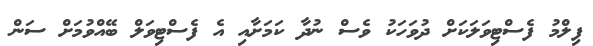
ފިލްމު ފެސްޓިވަލަކަށް ދުވަހަކު ވެސް ނުދާ ކަމަށާއި އެ ފެސްޓިވަލް ބޭއްވުމަށް ސަން